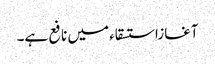
آغازاستسقاء میں نافع ہے۔